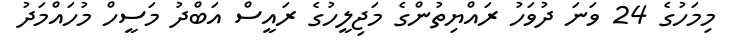
މިމަހުގެ 24 ވަނަ ދުވަހު ރައްޔިތުންގެ މަޖިލީހުގެ ރައީސް އަބްދު މަސީހް މުހައްމަދު